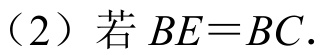
（2）若 \(BE = BC\)．